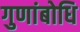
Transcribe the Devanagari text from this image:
गुणांबोधि